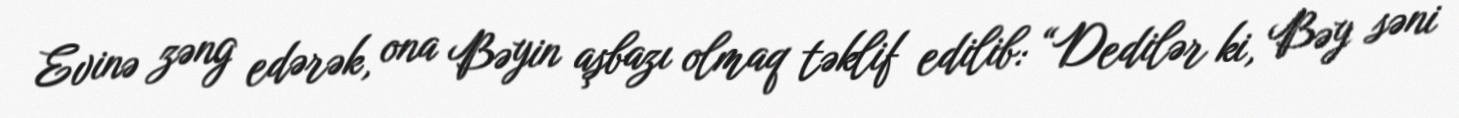
Evinə zəng edərək, ona Bəyin aşbazı olmaq təklif edilib: “Dedilər ki, Bəy səni